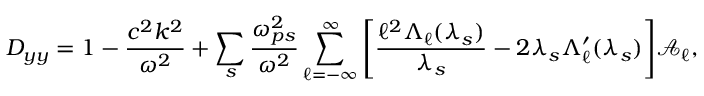
D _ { y y } = 1 - \frac { c ^ { 2 } k ^ { 2 } } { \omega ^ { 2 } } + \sum _ { s } \frac { \omega _ { p s } ^ { 2 } } { \omega ^ { 2 } } \sum _ { \ell = - \infty } ^ { \infty } \Bigg [ \frac { \ell ^ { 2 } \Lambda _ { \ell } ( \lambda _ { s } ) } { \lambda _ { s } } - 2 \lambda _ { s } \Lambda _ { \ell } ^ { \prime } ( \lambda _ { s } ) \Bigg ] \mathcal { A } _ { \ell } ,